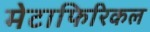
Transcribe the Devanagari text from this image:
मेटाफिरिकल